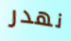
نهدر